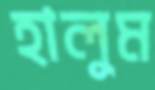
হালুম